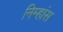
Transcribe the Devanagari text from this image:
निम्हांस